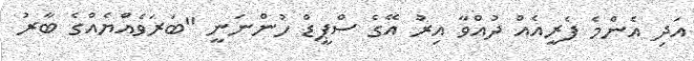
އަދި އެންމެ ފެރީއެއް ދުއްވާ އިރު އޭގެ ސްޕީޑް ހުންނަނީ "ބަރަވެއްޔެއްގެ ބާރު